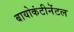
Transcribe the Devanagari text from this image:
बायोकंटीनेंटल